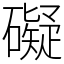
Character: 礙